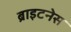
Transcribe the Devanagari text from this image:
ब्राइटनेस